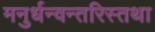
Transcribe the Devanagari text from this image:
मनुर्धन्वन्तरिस्तथा